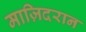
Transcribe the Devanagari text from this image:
माज़िदरान